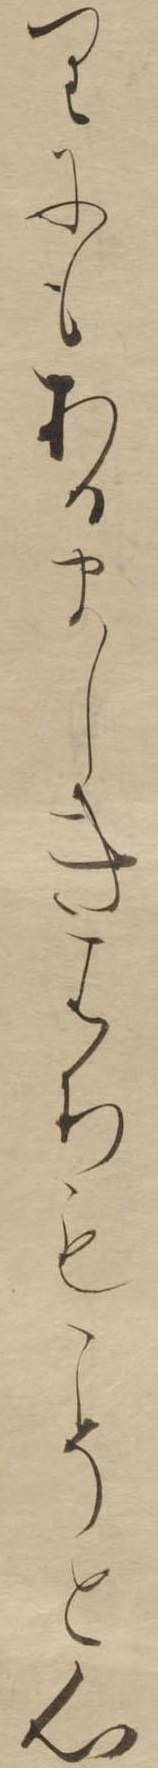
りにもあるましきはちもこそと心